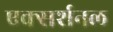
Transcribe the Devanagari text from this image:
एक्सर्शनल